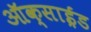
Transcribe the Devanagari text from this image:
ऑक्साई़ड